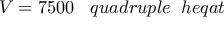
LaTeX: V = 7 5 0 0 \; \; \; q u a d r u p l e \; \; h e q a t